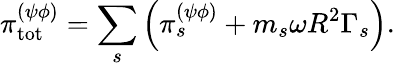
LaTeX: {\pi}_{\mathrm{tot}}^{(\psi\phi)}=\sum_{s}\left(\pi_{s}^{(\psi\phi)}+m_{s}\omega R^{2}\Gamma_{s}\right).